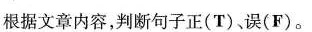
根据文章内容,判断句子正(T)误(F).